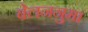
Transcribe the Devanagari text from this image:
बेलननुमा